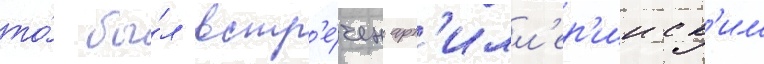
то́ бы́л встр'е́чен арт'илл'ер'ииск'им